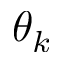
\theta _ { k }